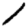
Digit: 1